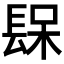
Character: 𨲃